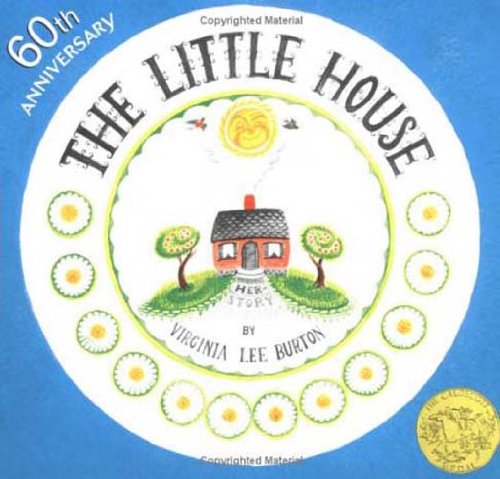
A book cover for The Little House; Virginia Lee Burton; Children's Books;